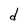
Character: d